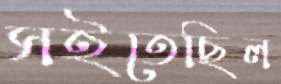
সইতেছিল